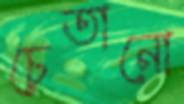
চেতানো